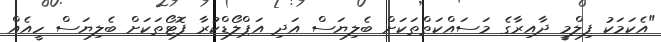
"އެކަމަކު ފިލްމީ ދާއިރާގެ މަސައްކަތްތަކަށް ބެލިޔަސް އަދި އަޕްލޯޑްކުރާ ފޮޓޯތަކަށް ބެލިޔަސް ހީއެއް